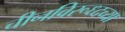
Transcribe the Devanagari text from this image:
चीनविरूध्दच्या